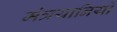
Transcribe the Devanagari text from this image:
मंत्रयानियों